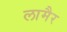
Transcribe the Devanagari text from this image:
लामैर